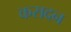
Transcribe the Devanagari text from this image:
कसदन